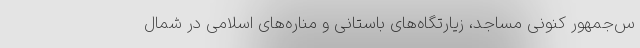
س‌جمهور کنونی مساجد، زیارتگاه‌های باستانی و مناره‌های اسلامی در شمال